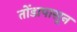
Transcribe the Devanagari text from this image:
तोंडापासून